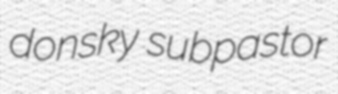
donsky subpastor